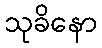
သုခိနော